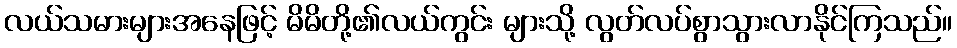
လယ်သမားများအနေဖြင့် မိမိတို့၏လယ်ကွင်း များသို့ လွတ်လပ်စွာသွားလာနိုင်ကြသည်။